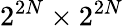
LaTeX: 2^{2N}\times 2^{2N}